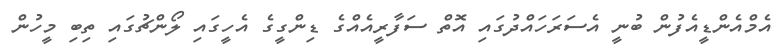
އެމްއެންޑީއެފުން ބުނީ އެސަރަހައްދުގައި އޮތް ސަފާރީއެއްގެ ޑިންގީގެ އެހީގައި ލޯންޗުގައި ތިބި މީހުން